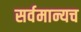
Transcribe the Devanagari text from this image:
सर्वमान्यच